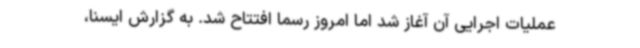
عملیات اجرایی آن آغاز شد اما امروز رسما افتتاح شد. به گزارش ایسنا،